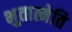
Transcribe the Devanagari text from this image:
भुतात्मेति